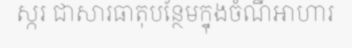
ស្ករ ជាសារធាតុបន្ថែមក្នុងចំណីអាហារ